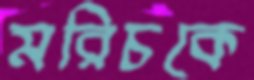
মরিচকে